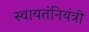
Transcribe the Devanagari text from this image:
स्वायतंनियंत्री